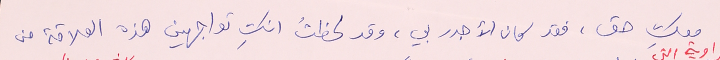
معكِ حق، فقد كان الأجدر بي، وقد لحظتُ انكِ تواجهين هذه العلاقة من